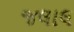
જલાલ